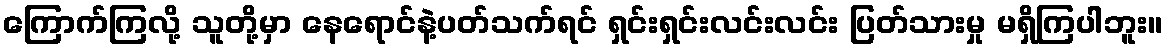
ကြောက်ကြလို့ သူတို့မှာ နေရောင်နဲ့ပတ်သက်ရင် ရှင်းရှင်းလင်းလင်း ပြတ်သားမှု မရှိကြပါဘူး။